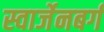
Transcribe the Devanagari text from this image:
स्वार्जेनबर्ग